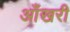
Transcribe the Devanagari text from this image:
आँखरी